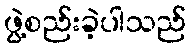
ဖွဲ့စည်းခဲ့ပါသည်